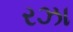
રઝા